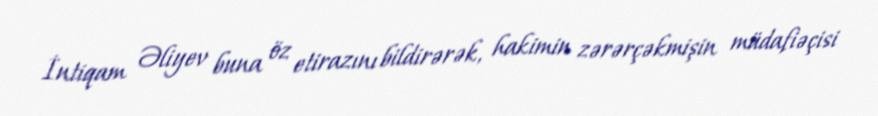
İntiqam Əliyev buna öz etirazını bildirərək, hakimin zərərçəkmişin müdafiəçisi